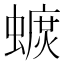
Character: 𧐚